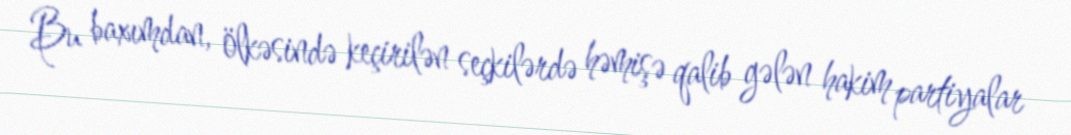
Bu baxımdan, ölkəsində keçirilən seçkilərdə həmişə qalib gələn hakim partiyalar